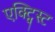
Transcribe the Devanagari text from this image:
एक्ट्विस्ट